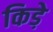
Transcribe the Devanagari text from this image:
किडे़